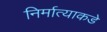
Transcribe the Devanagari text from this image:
निर्मात्याकडे